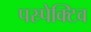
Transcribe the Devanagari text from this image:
पस्र्पेक्टिव